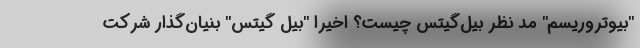
"بیوتروریسم" مد نظر بیل‌گیتس چیست؟ اخیرا "بیل گیتس" بنیان‌گذار شرکت